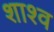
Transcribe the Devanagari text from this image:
शाश्व